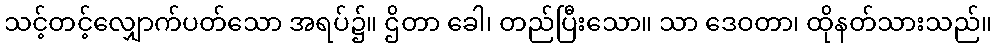
သင့်တင့်လျှောက်ပတ်သော အရပ်၌။ ဌိတာ ခေါ၊ တည်ပြီးသော။ သာ ဒေဝတာ၊ ထိုနတ်သားသည်။